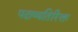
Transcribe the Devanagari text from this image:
पदाव्यतिरिक्त